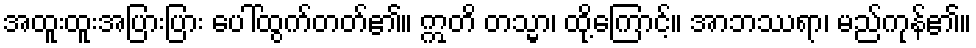
အထူးထူးအပြားပြား ပေါ်ထွက်တတ်၏။ ဣတိ တသ္မာ၊ ထို့ကြောင့်။ အာဘဿရာ၊ မည်ကုန်၏။